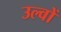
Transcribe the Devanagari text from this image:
उल्वों